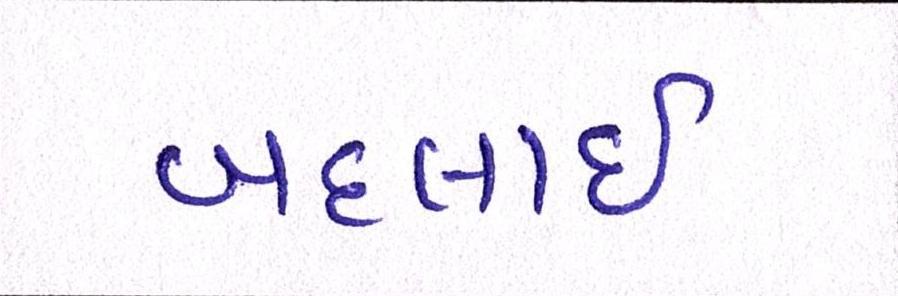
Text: બદલાઈ